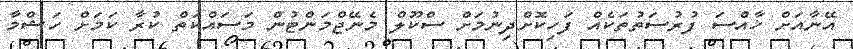
އޭނާއަށް ޚާއްސަ ފުރުސަތުތަކެއް ފަހިކޮށްދިނުމަށް ސްކޫލް މެނޭޖްމަންޓުން މަސައްކަތް ކުރާ ކަމަށް ހަޝްމާ